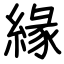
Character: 緣